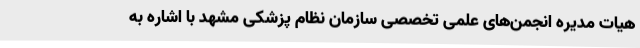
هیات مدیره انجمن‌های علمی تخصصی سازمان نظام پزشکی مشهد با اشاره به